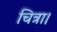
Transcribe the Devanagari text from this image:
चित्रा।